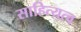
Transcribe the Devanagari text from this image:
साहित्यत्व